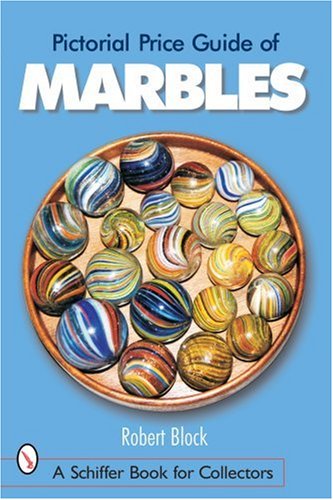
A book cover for Pictorial Price Guide of Marbles (Schiffer Book for Collectors); Robert S. Block; Crafts, Hobbies & Home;